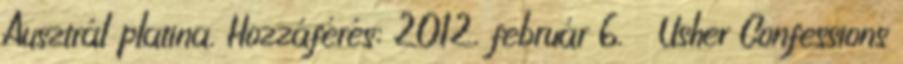
Ausztrál platina. Hozzáférés: 2012. február 6. ↑ Usher Confessions